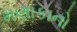
મણાકાનો